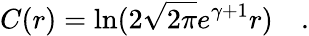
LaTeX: C(r)=\ln(2\sqrt{2\pi}e^{\gamma+1}r)\quad.